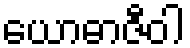
ယောဓာဇီဝါ